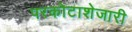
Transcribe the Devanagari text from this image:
परकोटाशेजारी